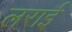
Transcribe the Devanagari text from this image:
लराई